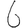
Digit: 6